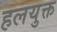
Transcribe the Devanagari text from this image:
हलयुक्त